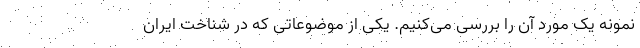
نمونه یک مورد آن را بررسی می‌کنیم. یکی از موضوعاتی که در شناخت ایران